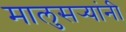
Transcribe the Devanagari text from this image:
मालुसर्‍यांनी